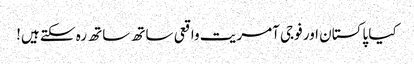
کیا پاکستان اور فوجی آمریت واقعی ساتھ ساتھ رہ سکتے ہیں!